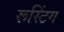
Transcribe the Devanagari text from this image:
रूस्टिंग